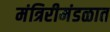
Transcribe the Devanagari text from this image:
मंत्रिरीमंडळात